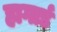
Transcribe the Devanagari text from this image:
हागार्ड